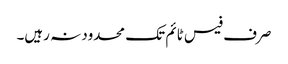
صرف فیس ٹائم تک محدود نہ رہیں۔